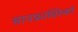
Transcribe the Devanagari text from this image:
सानफ्रांसिस्को